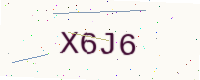
Text: X6J6